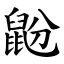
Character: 鼢